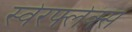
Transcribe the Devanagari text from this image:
स्वेरफ्लेक्स